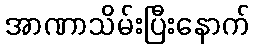
အာဏာသိမ်းပြီးနောက်